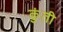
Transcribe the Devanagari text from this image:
कुुंती